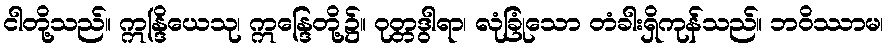
ငါတို့သည်။ ဣန္ဒြိယေသု၊ ဣန္ဒြေတို့၌။ ဝုတ္တဒွါရာ၊ လုံခြုံသော တံခါးရှိကုန်သည်။ ဘဝိဿာမ၊